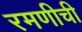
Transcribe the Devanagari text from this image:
रमणीची